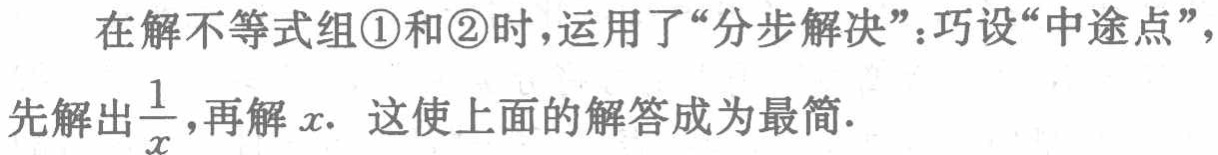
在解不等式组\textcircled{1}和\textcircled{2}时，运用了“分步解决”：巧设“中途点”，先解出$\frac{1}{x}$，再解$x.$ 这使上面的解答成为最简.